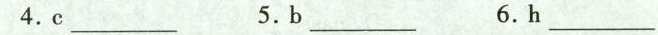
4.c ___5.b ___6.h ___